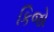
કિજો